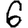
Digit: 6